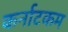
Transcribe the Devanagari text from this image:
कर्नाटकम